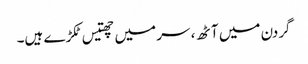
گردن میں آٹھ، سر میں چھتیس ٹکڑے ہیں۔